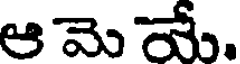
ఆ మె యే.